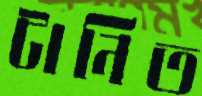
টানিত